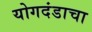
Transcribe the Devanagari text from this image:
योगदंडाचा